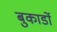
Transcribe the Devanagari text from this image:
बुकार्डो